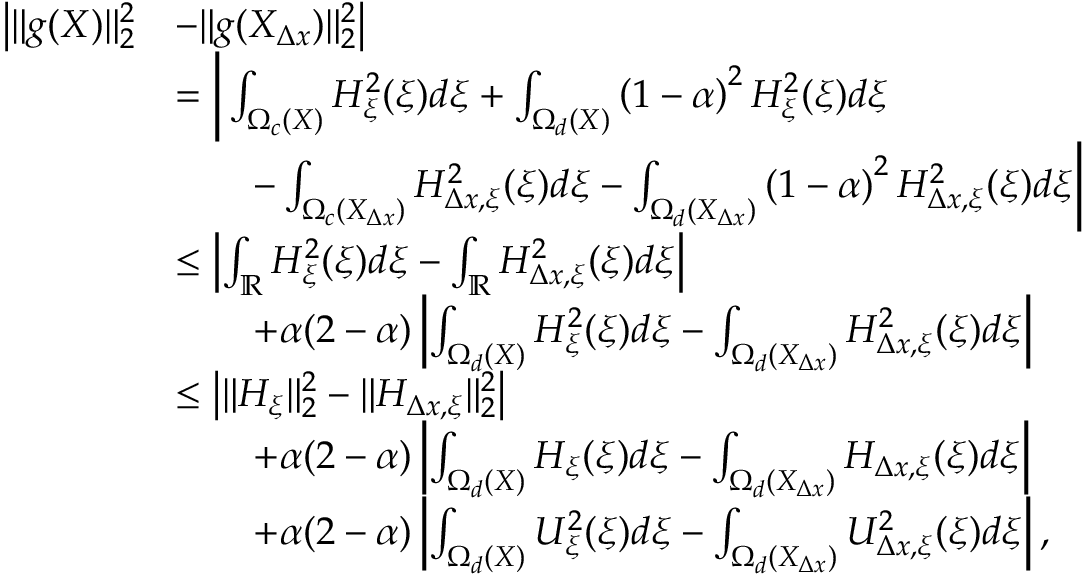
\begin{array} { r l } { \bigl | \| g ( X ) \| _ { 2 } ^ { 2 } } & { - \| g ( X _ { \Delta x } ) \| _ { 2 } ^ { 2 } \bigr | } \\ & { = \bigg | \int _ { \Omega _ { c } ( X ) } H _ { \xi } ^ { 2 } ( \xi ) d \xi + \int _ { \Omega _ { d } ( X ) } \left( 1 - \alpha \right) ^ { 2 } H _ { \xi } ^ { 2 } ( \xi ) d \xi } \\ & { \qquad - \int _ { \Omega _ { c } ( X _ { \Delta x } ) } H _ { \Delta x , \xi } ^ { 2 } ( \xi ) d \xi - \int _ { \Omega _ { d } ( X _ { \Delta x } ) } \left( 1 - \alpha \right) ^ { 2 } H _ { \Delta x , \xi } ^ { 2 } ( \xi ) d \xi \bigg | } \\ & { \leq \left| \int _ { \mathbb { R } } H _ { \xi } ^ { 2 } ( \xi ) d \xi - \int _ { \mathbb { R } } H _ { \Delta x , \xi } ^ { 2 } ( \xi ) d \xi \right| } \\ & { \qquad + \alpha ( 2 - \alpha ) \left| \int _ { \Omega _ { d } ( X ) } H _ { \xi } ^ { 2 } ( \xi ) d \xi - \int _ { \Omega _ { d } ( X _ { \Delta x } ) } H _ { \Delta x , \xi } ^ { 2 } ( \xi ) d \xi \right| } \\ & { \leq \left| \| H _ { \xi } \| _ { 2 } ^ { 2 } - \| H _ { \Delta x , \xi } \| _ { 2 } ^ { 2 } \right| } \\ & { \qquad + \alpha ( 2 - \alpha ) \left| \int _ { \Omega _ { d } ( X ) } H _ { \xi } ( \xi ) d \xi - \int _ { \Omega _ { d } ( X _ { \Delta x } ) } H _ { \Delta x , \xi } ( \xi ) d \xi \right| } \\ & { \qquad + \alpha ( 2 - \alpha ) \left| \int _ { \Omega _ { d } ( X ) } U _ { \xi } ^ { 2 } ( \xi ) d \xi - \int _ { \Omega _ { d } ( X _ { \Delta x } ) } U _ { \Delta x , \xi } ^ { 2 } ( \xi ) d \xi \right| , } \end{array}